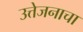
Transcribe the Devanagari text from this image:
उत्तेजनाचा